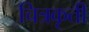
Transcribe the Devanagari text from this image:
चित्रकृती